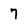
Character: 7